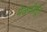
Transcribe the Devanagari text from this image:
मेळणीतून